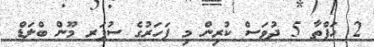
2 ހަފްތާ 5 ދުވަސް ކުރިން މި ފަހަރުގެ ސުޕަރ މޫން ބްލަޑް